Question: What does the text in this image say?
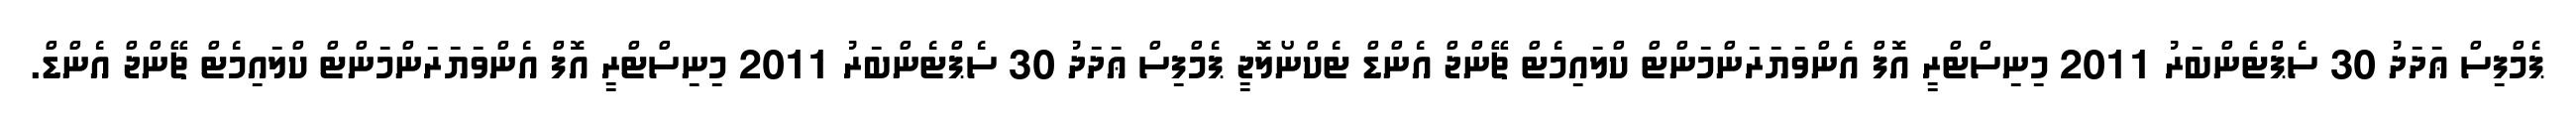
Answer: ޕެމްފިސް ޢަދަދު 30 ސެޕްޓެންބަރު 2011 މިނިސްޓްރީ އޮފް އެންވަޔަރަންމަންޓް ކްލައިމެޓް ޗޭންޖް އެންޑް ޓެކްނޯލޮޖީ ޕެމްފިސް ޢަދަދު 30 ސެޕްޓެންބަރު 2011 މިނިސްޓްރީ އޮފް އެންވަޔަރަންމަންޓް ކްލައިމެޓް ޗޭންޖް އެންޑް.